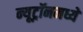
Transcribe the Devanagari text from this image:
न्यूट्रॉनमध्ये